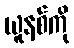
ယူနစ်ကို